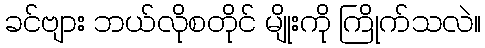
ခင်ဗျား ဘယ်လိုစတိုင် မျိုးကို ကြိုက်သလဲ။